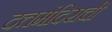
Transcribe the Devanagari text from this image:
दत्तमंदिराची